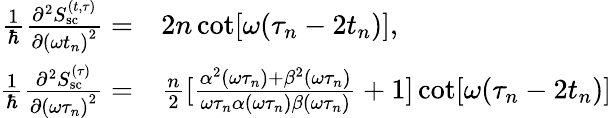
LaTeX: \begin{array}{rl}{\frac{1}{\hbar}\frac{\partial^{2}S_{\mathrm{sc}}^{(t,\tau)}}{\partial{(\omega t_{n})}^{2}}=}&{{}2n\cot[\omega(\tau_{n}-2t_{n})],}\\ {\frac{1}{\hbar}\frac{\partial^{2}S_{\mathrm{sc}}^{(\tau)}}{\partial{(\omega\tau_{n})}^{2}}=}&{{}\frac{n}{2}[\frac{\alpha^{2}(\omega\tau_{n})+\beta^{2}(\omega\tau_{n})}{\omega\tau_{n}\alpha(\omega\tau_{n})\beta(\omega\tau_{n})}+1]\cot[\omega(\tau_{n}-2t_{n})]}\end{array}